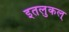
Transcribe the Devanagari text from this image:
इतलुकल्